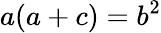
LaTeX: a(a+c)=b^{2}